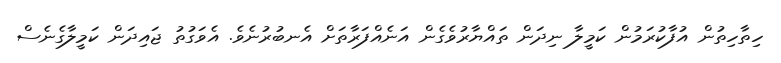
ހިތާހިތުން އުފާކުރަމުން ކަމީލާ ނިދަން ތައްޔާރުވެގެން އަނެއްފަރާތަށް އެނބުރުނެވެ. އެވަގުތު ޖައިދަން ކަމީލާގެނެސް